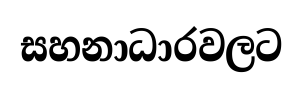
සහනාධාරවලට